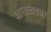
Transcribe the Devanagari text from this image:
भाषाध्ययन।